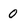
Character: 0